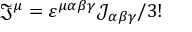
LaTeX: { \mathfrak { J } } ^ { \mu } = \varepsilon ^ { \mu \alpha \beta \gamma } { \mathcal { J } } _ { \alpha \beta \gamma } / 3 !